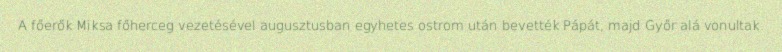
A főerők Miksa főherceg vezetésével augusztusban egyhetes ostrom után bevették Pápát, majd Győr alá vonultak.